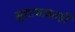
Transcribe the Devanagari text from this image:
मुद्याबाबतही